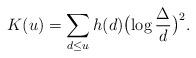
LaTeX: \begin{align*} K(u)= \sum_{d\le u} h(d)\bigl(\log\frac{\Delta}{d}\bigr)^2 . \end{align*}